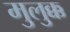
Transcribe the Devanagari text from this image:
मुलुक्क